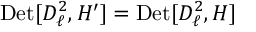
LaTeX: \mathrm { D e t } [ D _ { \ell } ^ { 2 } , H ^ { \prime } ] = \mathrm { D e t } [ D _ { \ell } ^ { 2 } , H ]